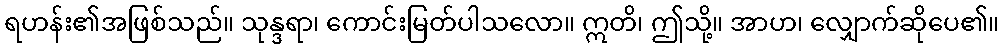
ရဟန်း၏အဖြစ်သည်။ သုန္ဒရာ၊ ကောင်းမြတ်ပါသလော။ ဣတိ၊ ဤသို့။ အာဟ၊ လျှောက်ဆိုပေ၏။